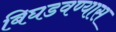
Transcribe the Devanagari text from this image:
बिघडवण्यास